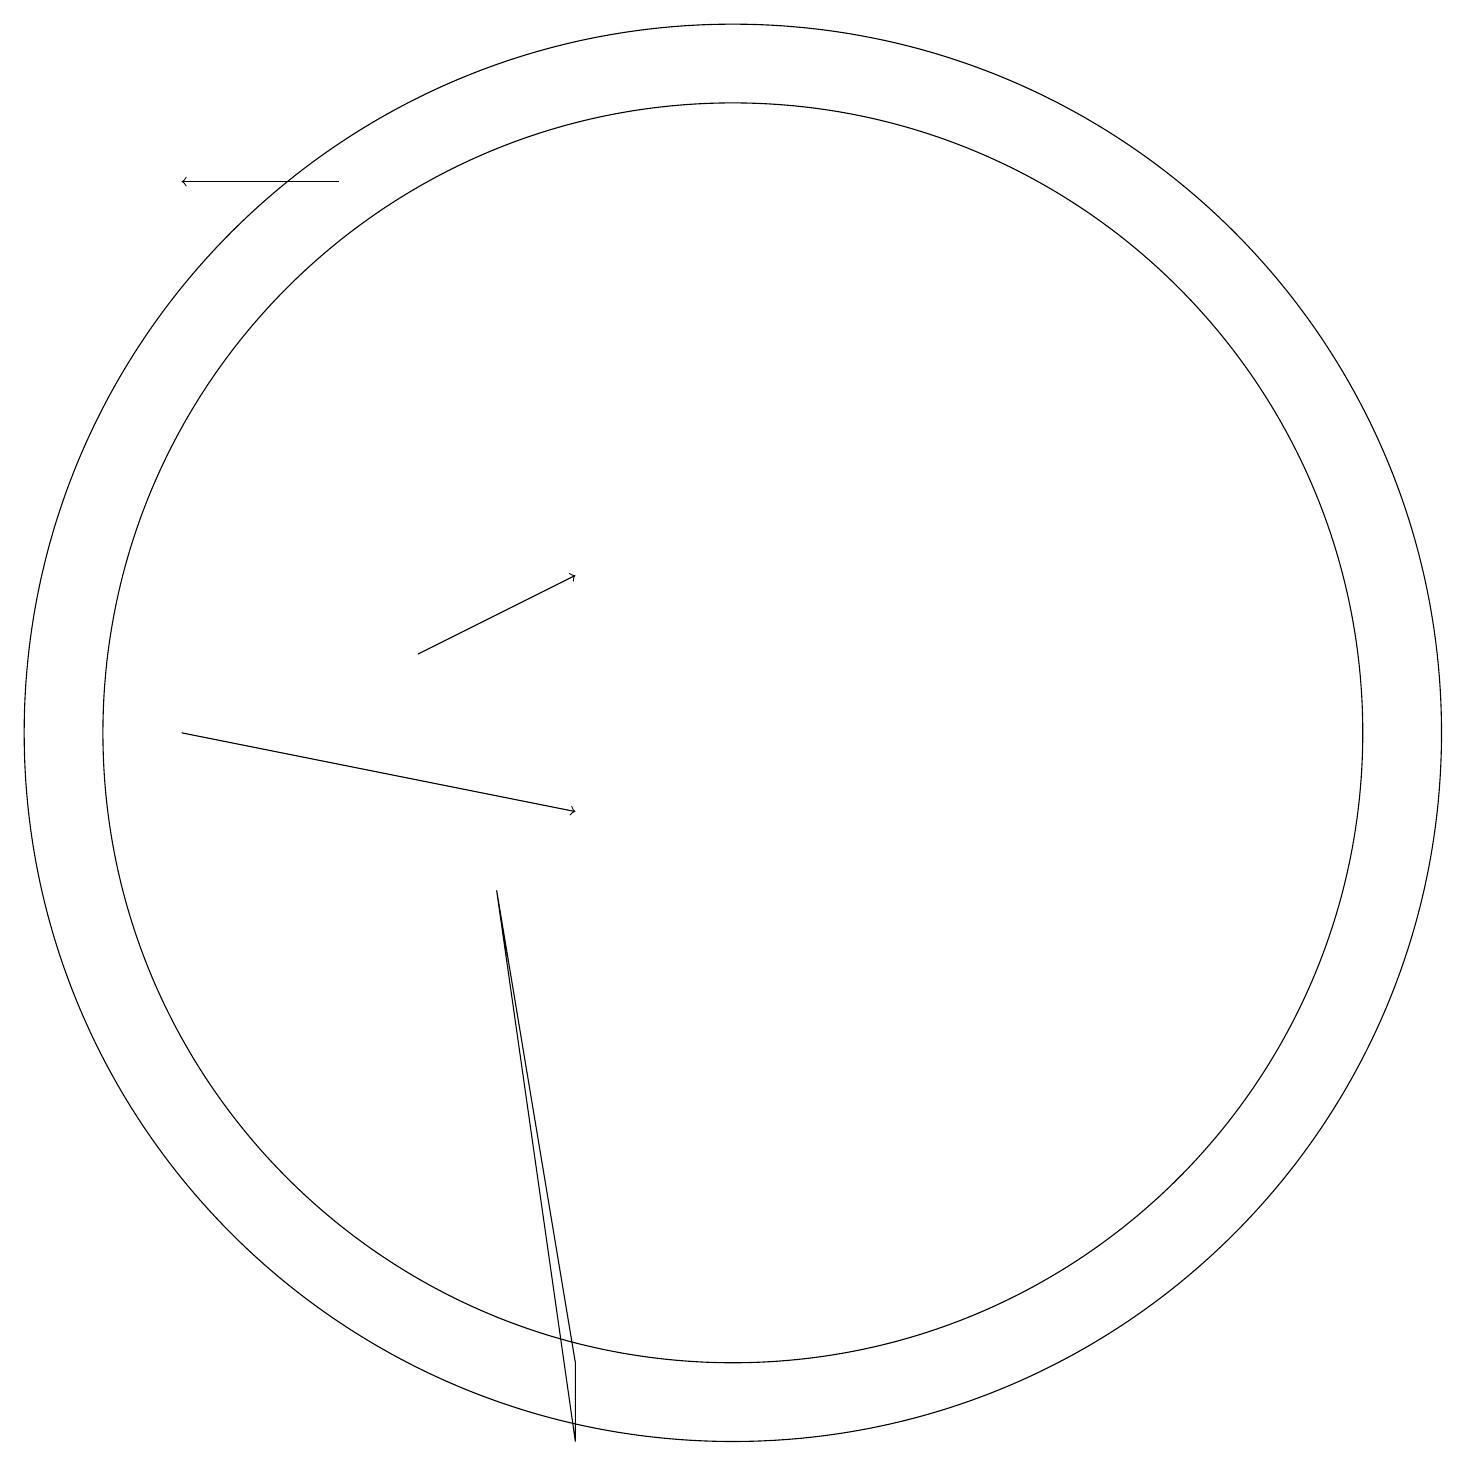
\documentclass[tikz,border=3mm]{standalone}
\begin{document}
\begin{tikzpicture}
\draw (10,11) circle (8);
\draw (8,3) -- (8,2) -- (7,9) -- cycle;
\draw[->] (6,12) -- (8,13);
\draw[->] (5,18) -- (3,18);
\draw[->] (3,11) -- (8,10);
\draw (10,11) circle (9);
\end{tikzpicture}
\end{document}